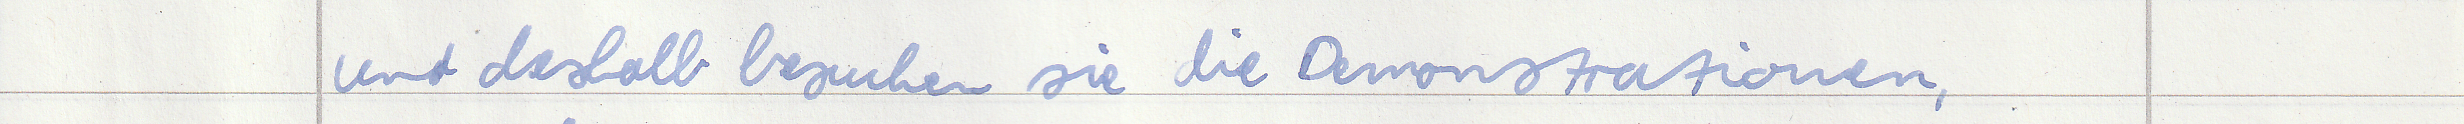
und deshalb besuchen sie die Demonstrationen,